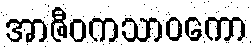
အာဇီဝကသာဝကော